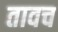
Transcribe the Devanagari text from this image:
तावच